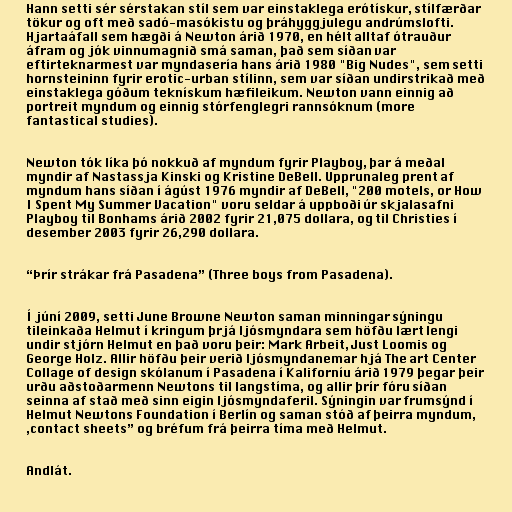
Hann setti sér sérstakan stíl sem var einstaklega erótískur, stílfærðar
tökur og oft með sadó-masókistu og þráhyggjulegu andrúmslofti.
Hjartaáfall sem hægði á Newton árið 1970, en hélt alltaf ótrauður
áfram og jók vinnumagnið smá saman, það sem síðan var
eftirteknarmest var myndasería hans árið 1980 "Big Nudes", sem setti
hornsteininn fyrir erotic-urban stílinn, sem var síðan undirstrikað með
einstaklega góðum teknískum hæfileikum. Newton vann einnig að
portreit myndum og einnig stórfenglegri rannsóknum (more
fantastical studies).

Newton tók líka þó nokkuð af myndum fyrir Playboy, þar á meðal
myndir af Nastassja Kinski og Kristine DeBell. Upprunaleg prent af
myndum hans síðan í ágúst 1976 myndir af DeBell, "200 motels, or How
I Spent My Summer Vacation" voru seldar á uppboði úr skjalasafni
Playboy til Bonhams árið 2002 fyrir 21,075 dollara, og til Christies í
desember 2003 fyrir 26,290 dollara.

“Þrír strákar frá Pasadena” (Three boys from Pasadena).

Í júní 2009, setti June Browne Newton saman minningar sýningu
tileinkaða Helmut í kringum þrjá ljósmyndara sem höfðu lært lengi
undir stjórn Helmut en það voru þeir: Mark Arbeit, Just Loomis og
George Holz. Allir höfðu þeir verið ljósmyndanemar hjá The art Center
Collage of design skólanum í Pasadena í Kaliforníu árið 1979 þegar þeir
urðu aðstoðarmenn Newtons til langstíma, og allir þrír fóru síðan
seinna af stað með sinn eigin ljósmyndaferil. Sýningin var frumsýnd í
Helmut Newtons Foundation í Berlín og saman stóð af þeirra myndum,
,contact sheets” og bréfum frá þeirra tíma með Helmut.

Andlát.